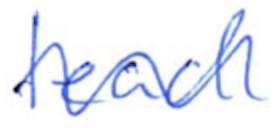
Text: lead
Cross-out: wave
Writing tool: ballpoint